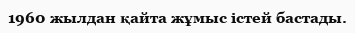
1960 жылдан қайта жұмыс iстей бастады.